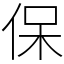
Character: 保